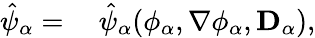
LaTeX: \begin{array}{rl}{\hat{\psi}_{\alpha}=}&{{}~\hat{\psi}_{\alpha}(\phi_{\alpha},\nabla\phi_{\alpha},\mathbf{D}_{\alpha}),}\end{array}